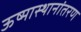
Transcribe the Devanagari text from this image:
ऊष्मास्थानांतरण